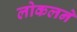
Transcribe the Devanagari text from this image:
लोकलने